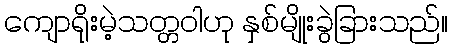
ကျောရိုးမဲ့သတ္တဝါဟု နှစ်မျိုးခွဲခြားသည်။